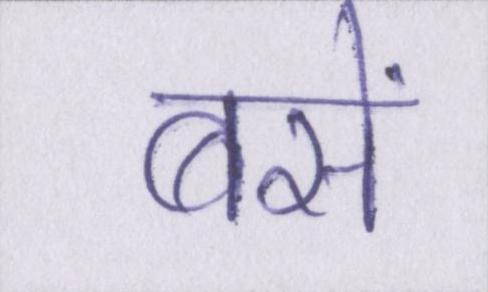
बसें